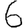
Digit: 6